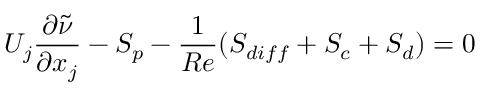
U _ { j } \frac { \partial \tilde { \nu } } { \partial x _ { j } } - S _ { p } - \frac { 1 } { R e } ( S _ { d i f f } + S _ { c } + S _ { d } ) = 0